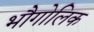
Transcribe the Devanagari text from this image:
भौगोलिक